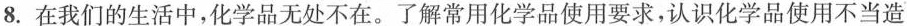
8.在我们的生活中，化学品无处不在。了解常用化学品使用要求，认识化学品使用不当造